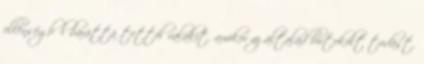
ellenségből baráttá tettél valakit. amikor az általad birtokolt tudást,